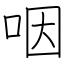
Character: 咽